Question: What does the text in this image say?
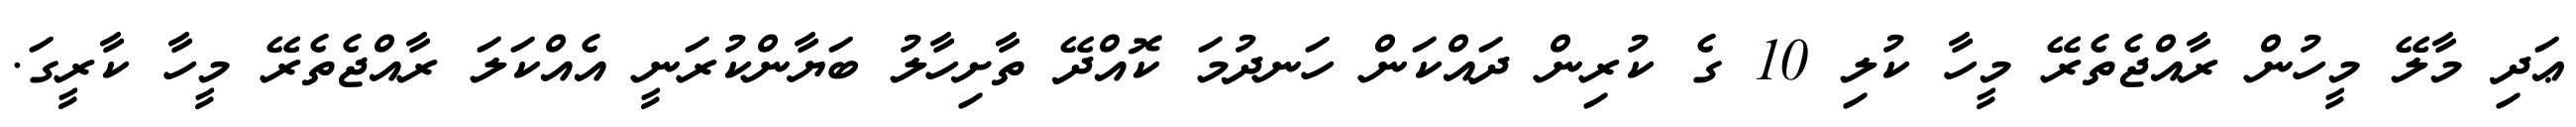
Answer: ޢަދި މާލޭ މީހުން ރާއްޖެތެރޭ މީހާ ކުލި 10 ގެ ކުރިން ދައްކަން ހަނދުމަ ކޮއްދޭ ތާށިހާލު ބަޔާންކުރަނީ އެއްކަލަ ރާއްޖެތެރޭ މީހާ ކާރީގަ.